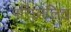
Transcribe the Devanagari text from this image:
परिछालित